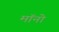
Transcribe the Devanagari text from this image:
मॉनो